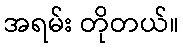
အရမ်း တိုတယ်။